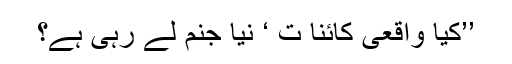
’’کیا واقعی کائنا ت ‘ نیا جنم لے رہی ہے؟